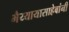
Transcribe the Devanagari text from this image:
भैय्यायासाहेबांनी